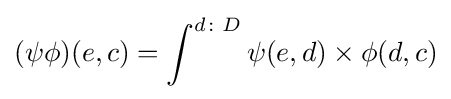
(\psi \phi )(e,c)=\int ^{d\colon D}\psi (e,d)\times \phi (d,c)